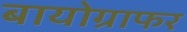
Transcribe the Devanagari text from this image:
बायोग्राफर